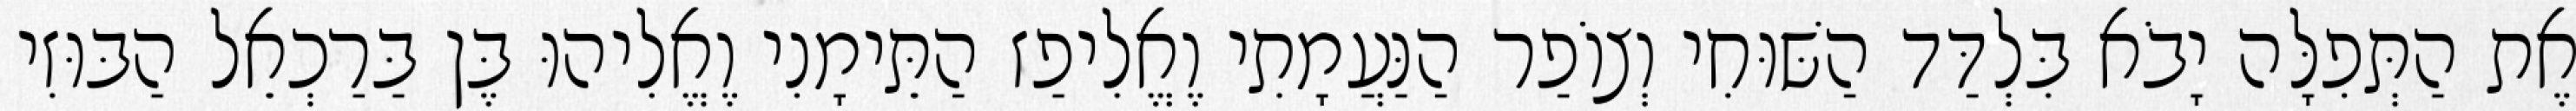
אֶת הַתְּפִלָּה יָבֹא בִּלְדַּד הַשּׁוּחִי וְצוֹפַר הַנַּעֲמָתִי וֶאֱלִיפַז הַתֵּימָנִי וֶאֱלִיהוּ בֶּן בַּרַכְאֵל הַבּוּזִי